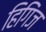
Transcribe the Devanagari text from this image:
हिगिंज